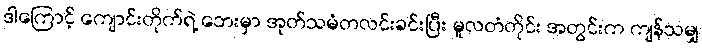
ဒါကြောင့် ကျောင်းတိုက်ရဲ့ ဘေးမှာ အုတ်သမံတလင်းခင်းပြီး မူလတံတိုင်း အတွင်းက ကျန်သမျှ